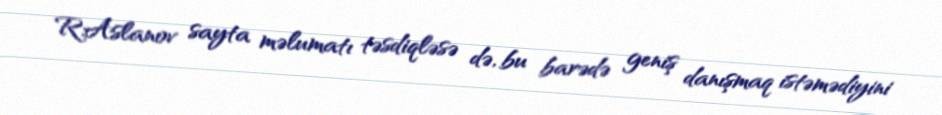
R.Aslanov sayta məlumatı təsdiqləsə də, bu barədə geniş danışmaq istəmədiyini